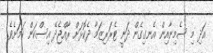
އަދި މި ސެމިނާއިން އެނގިގެން ދަނީ ޓެރަރިޒަމާ ދެކޮޅަށް ރާއްޖެދޭ އިސްކަން ކަމަށެވެ.